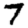
Digit: 7